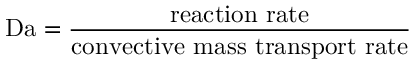
\mathrm { D a } = { \frac { \mathrm { r e a c t i o n ~ r a t e } } { \mathrm { c o n v e c t i v e ~ m a s s ~ t r a n s p o r t ~ r a t e } } }